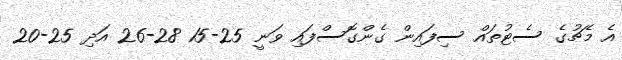
އެ މެޗުގެ ސެޓުތައް ސިފައިން ގެންގޮސްފައި ވަނީ 25-15 28-26 އަދި 25-20